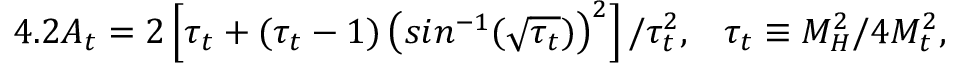
4 . 2 A _ { t } = 2 \left[ \tau _ { t } + ( \tau _ { t } - 1 ) \left( s i n ^ { - 1 } ( \sqrt { \tau _ { t } } ) \right) ^ { 2 } \right] / \tau _ { t } ^ { 2 } , \; \; \; \tau _ { t } \equiv M _ { H } ^ { 2 } / 4 M _ { t } ^ { 2 } ,